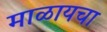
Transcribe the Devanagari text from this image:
माळायचा